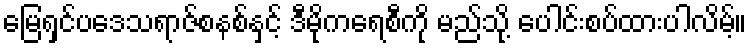
မြေရှင်ပဒေသရာဇ်စနစ်နှင့် ဒီမိုကရေစီကို မည်သို့ ပေါင်းစပ်ထားပါလိမ့်။